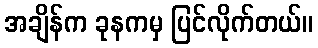
အချိန်က ခုနကမှ ပြင်လိုက်တယ်။